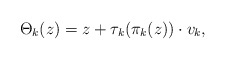
\begin{align*}\Theta_{k}(z)= z + \tau_k(\pi_k(z))\cdot v_k, \end{align*}